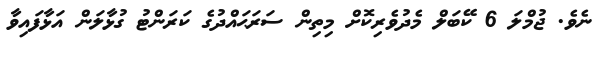
ނެވެ. ޖުމްލަ 6 ކޭބަލް މެދުވެރިކޮށް މިތިން ސަރަޙައްދުގެ ކަރަންޓު ގުޅާލަން އަޅާފައިވާ